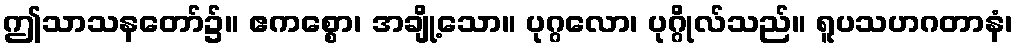
ဤသာသနတော်၌။ ဧကစ္စော၊ အချို့သော။ ပုဂ္ဂလော၊ ပုဂ္ဂိုလ်သည်။ ရူပသဟဂတာနံ၊